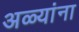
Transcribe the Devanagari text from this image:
अळ्यांना